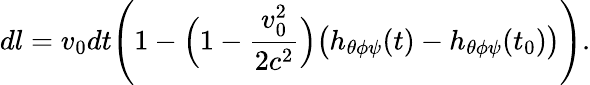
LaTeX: dl=v_{0}dt\Biggl(1-\Bigl(1-\frac{v_{0}^{2}}{2c^{2}}\Bigr)\bigl(h_{\theta\phi\psi}(t)-h_{\theta\phi\psi}(t_{0})\bigr)\Biggr).